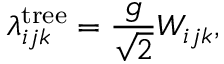
\lambda _ { i j k } ^ { \mathrm { t r e e } } = \frac { g } { \sqrt { 2 } } W _ { i j k } ,